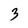
Character: 3